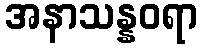
အနာသန္နဝရာ